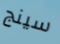
سينج